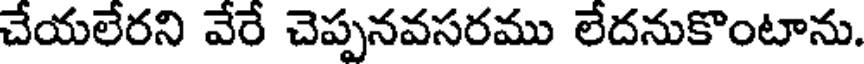
చేయలేరని వేరే చెప్పనవసరము లేదనుకొంటాను.